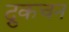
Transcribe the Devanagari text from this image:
द्रुकचन